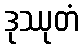
ဒုဿုတံ